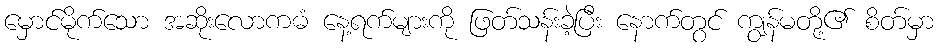
မှောင်မိုက်သော အဆိုးလောကဓံ နေ့ရက်များကို ဖြတ်သန်းခဲ့ပြီး နောက်တွင် ကျွန်မတို့၏ စိတ်မှာ